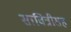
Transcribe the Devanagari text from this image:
सावित्रीसह